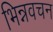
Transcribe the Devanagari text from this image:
भिन्नवचन